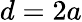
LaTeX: d=2a